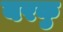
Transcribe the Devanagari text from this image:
बरकु